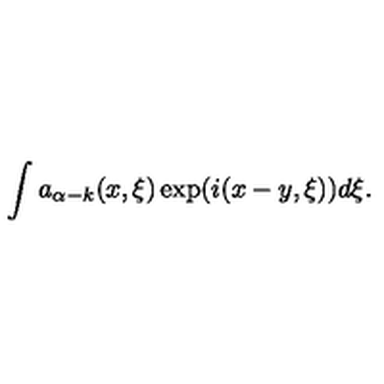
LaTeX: \int a _ { \alpha - k } ( x , \xi ) \exp ( i ( x - y , \xi ) ) d \xi .